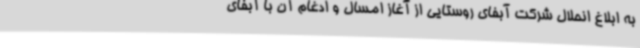
به ابلاغ انحلال شرکت آبفای روستایی از آغاز امسال و ادغام آن با آبفای